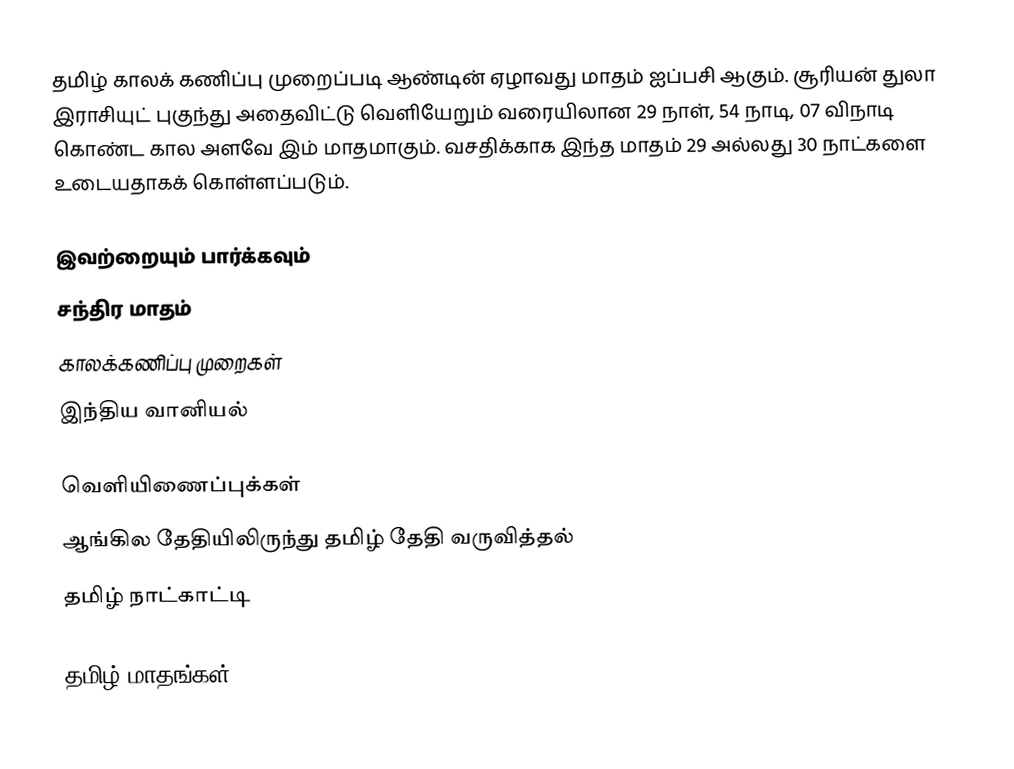
தமிழ் காலக் கணிப்பு முறைப்படி ஆண்டின் ஏழாவது மாதம் ஐப்பசி ஆகும். சூரியன் துலா இராசியுட் புகுந்து அதைவிட்டு வெளியேறும் வரையிலான 29 நாள், 54 நாடி, 07 விநாடி கொண்ட கால அளவே இம் மாதமாகும். வசதிக்காக இந்த மாதம் 29 அல்லது 30 நாட்களை உடையதாகக் கொள்ளப்படும்.

இவற்றையும் பார்க்கவும்
 சந்திர மாதம்
 காலக்கணிப்பு முறைகள்
 இந்திய வானியல்

வெளியிணைப்புக்கள்
ஆங்கில தேதியிலிருந்து தமிழ் தேதி வருவித்தல்
தமிழ் நாட்காட்டி

தமிழ் மாதங்கள்